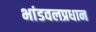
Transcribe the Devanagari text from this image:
भांडवलप्रधान